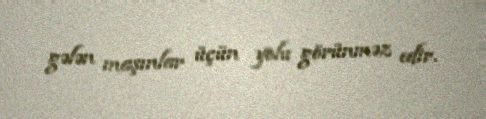
gələn maşınlar üçün yolu görünməz edir.